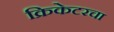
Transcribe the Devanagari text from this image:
क्रिकेटरचा